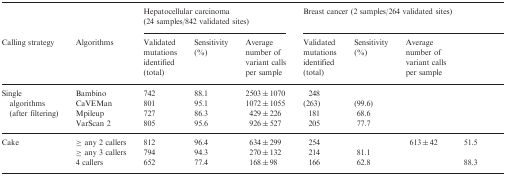
<table><thead><tr><td>[EMPTY_CELL]</td><td>[EMPTY_CELL]</td><td colspan="3"><b>Hepatocellular carcinoma (24 samples/842 validated sites)</b></td><td colspan="4"><b>Breast cancer (2 samples/264 validated sites)</b></td></tr><tr><td><b>Calling strategy</b></td><td><b>Algorithms</b></td><td><b>Validated mutations identified (total)</b></td><td><b>Sensitivity (%)</b></td><td><b>Average number of variant calls per sample</b></td><td><b>Validated mutations identified (total)</b></td><td><b>Sensitivity (%)</b></td><td><b>Average number of variant calls per sample</b></td><td>[EMPTY_CELL]</td></tr></thead><tbody><tr><td rowspan="4">Single algorithms (after filtering)</td><td>Bambino</td><td>742</td><td>88.1</td><td>2503 ± 1070</td><td>248</td><td>[EMPTY_CELL]</td><td>[EMPTY_CELL]</td><td>[EMPTY_CELL]</td></tr><tr><td>CaVEMan</td><td>801</td><td>95.1</td><td>1072 ± 1055</td><td>(263)</td><td>(99.6)</td><td>[EMPTY_CELL]</td><td>[EMPTY_CELL]</td></tr><tr><td>Mpileup</td><td>727</td><td>86.3</td><td>429 ± 226</td><td>181</td><td>68.6</td><td>[EMPTY_CELL]</td><td>[EMPTY_CELL]</td></tr><tr><td>VarScan 2</td><td>805</td><td>95.6</td><td>926 ± 527</td><td>205</td><td>77.7</td><td>[EMPTY_CELL]</td><td>[EMPTY_CELL]</td></tr><tr><td rowspan="3">Cake</td><td>≥ any 2 callers</td><td>812</td><td>96.4</td><td>634 ± 299</td><td>254</td><td>[EMPTY_CELL]</td><td>613 ± 42</td><td>51.5</td></tr><tr><td>≥ any 3 callers</td><td>794</td><td>94.3</td><td>270 ± 132</td><td>214</td><td>81.1</td><td>[EMPTY_CELL]</td><td>[EMPTY_CELL]</td></tr><tr><td>4 callers</td><td>652</td><td>77.4</td><td>168 ± 98</td><td>166</td><td>62.8</td><td>[EMPTY_CELL]</td><td>88.3</td></tr></tbody></table>